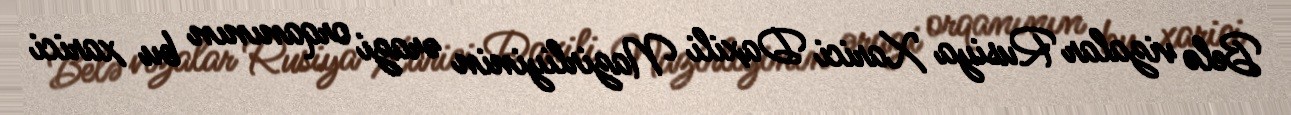
Belə vizalar Rusiya Xarici Daxili Nazirliyinin ərazi orqanının bu xarici